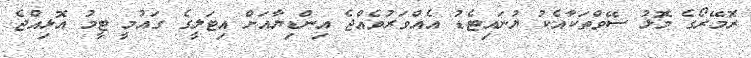
ރޮމޭރޯގެ މޮޅު ސޭވްތަކާއެކު ޔުނައިޓެޑު އެއްވަރުވެއްޖެ އިންޑިޔާއަށް އިޓަލީގެ ގައުމީ ޓީމު އޮޅިއްޖެ